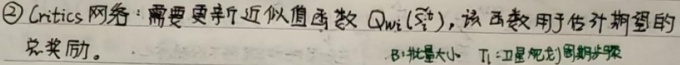
\textcircled{2} Critics网络：需要更新近似值函数 \(Q_{w_i}(s_t^a)\)，该函数用于估计期望的总奖励。B: 批量大小，\(T_i\)：(卫星轨道)周期步长